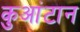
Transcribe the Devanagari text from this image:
कुआंटान